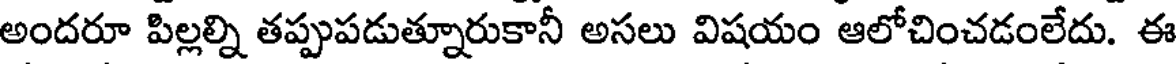
అందరూ పిల్లల్ని తప్పుపడుత్నూరుకానీ అసలు విషయం ఆలోచించడంలేదు. ఈ